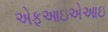
એફઆઇએઆઇ